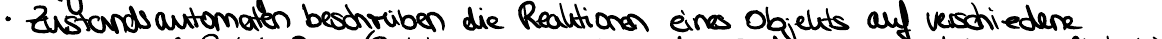
Zustandsautomaten beschreiben die Reaktionen eines Objekts auf verschiedene